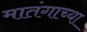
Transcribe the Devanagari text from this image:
मातंगाच्या